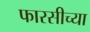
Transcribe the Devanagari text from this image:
फारसीच्या